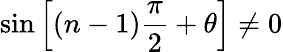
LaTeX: \sin\left[(n-1)\frac{\pi}{2}+\theta\right]\neq 0